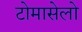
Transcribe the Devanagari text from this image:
टोमासेलो